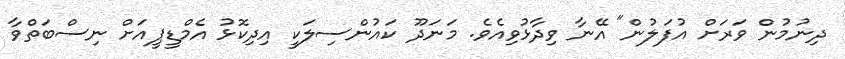
ދިނުމުން ވަރަށް އުފަލުން" އޭނާ ވިދާޅުވިއެވެ. މަނަދޫ ކައުންސިލަކީ އިދިކޮޅު އެމްޑީޕީއަށް ނިސްބަތްވާ